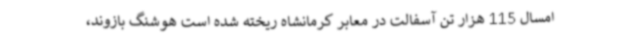
امسال 115 هزار تن آسفالت در معابر کرمانشاه ریخته شده است هوشنگ بازوند،